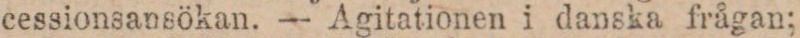
cessionsansökan. — Agitationen i danska frågan;